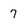
Character: 7